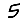
Digit: 5